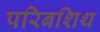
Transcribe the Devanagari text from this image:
परिबशिथ